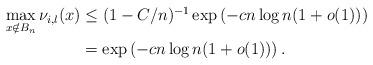
LaTeX: \begin{align*}\begin{aligned}\max_{x\notin B_n}\nu_{i,l}(x)&\leq (1-C/n)^{-1}\exp\left(-c n\log n (1+o(1))\right)\\&=\exp\left(-c n\log n (1+o(1))\right).\end{aligned}\end{align*}